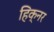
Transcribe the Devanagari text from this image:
हिक्नर